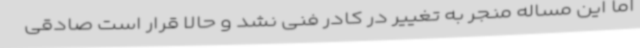
اما این مساله منجر به تغییر در کادر فنی نشد و حالا قرار است صادقی